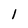
Character: 1